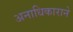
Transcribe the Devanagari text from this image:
अनाधिकाराने